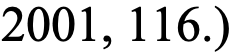
2001, 116.)